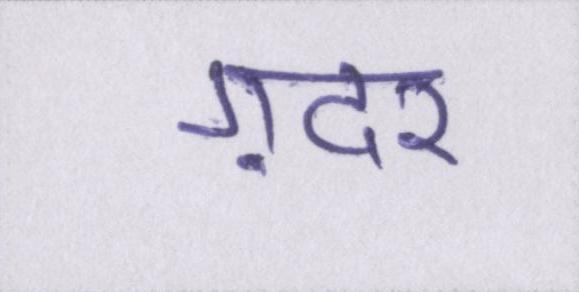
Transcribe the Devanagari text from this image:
ग़दर